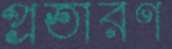
প্রতারণ